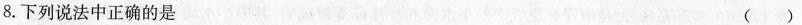
8. 下列说法中正确的是 （ ）